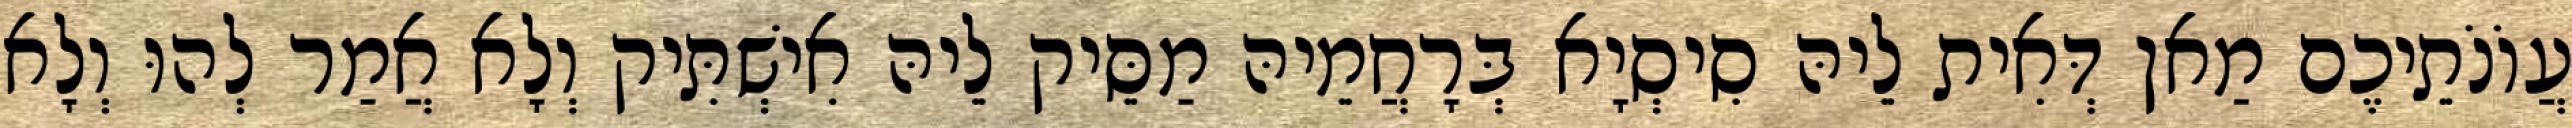
עֲוֹנֹתֵיכֶם מַאן דְּאִית לֵיהּ סִיסְיָא בְּרָחֲמֵיהּ מַסֵּיק לֵיהּ אִישְׁתִּיק וְלָא אֲמַר לְהוּ וְלָא